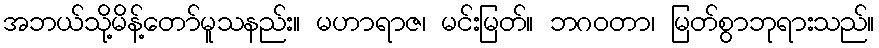
အဘယ်သို့မိန့်တော်မူသနည်း။ မဟာရာဇ၊ မင်းမြတ်။ ဘဂဝတာ၊ မြတ်စွာဘုရားသည်။